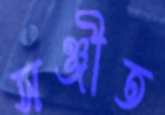
সঞ্জীত